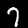
Digit: 7